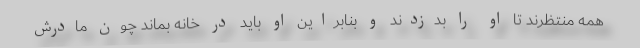
همه منتظرند تا او را بدزدند و بنابراین او باید در خانه بماند چون مادرش